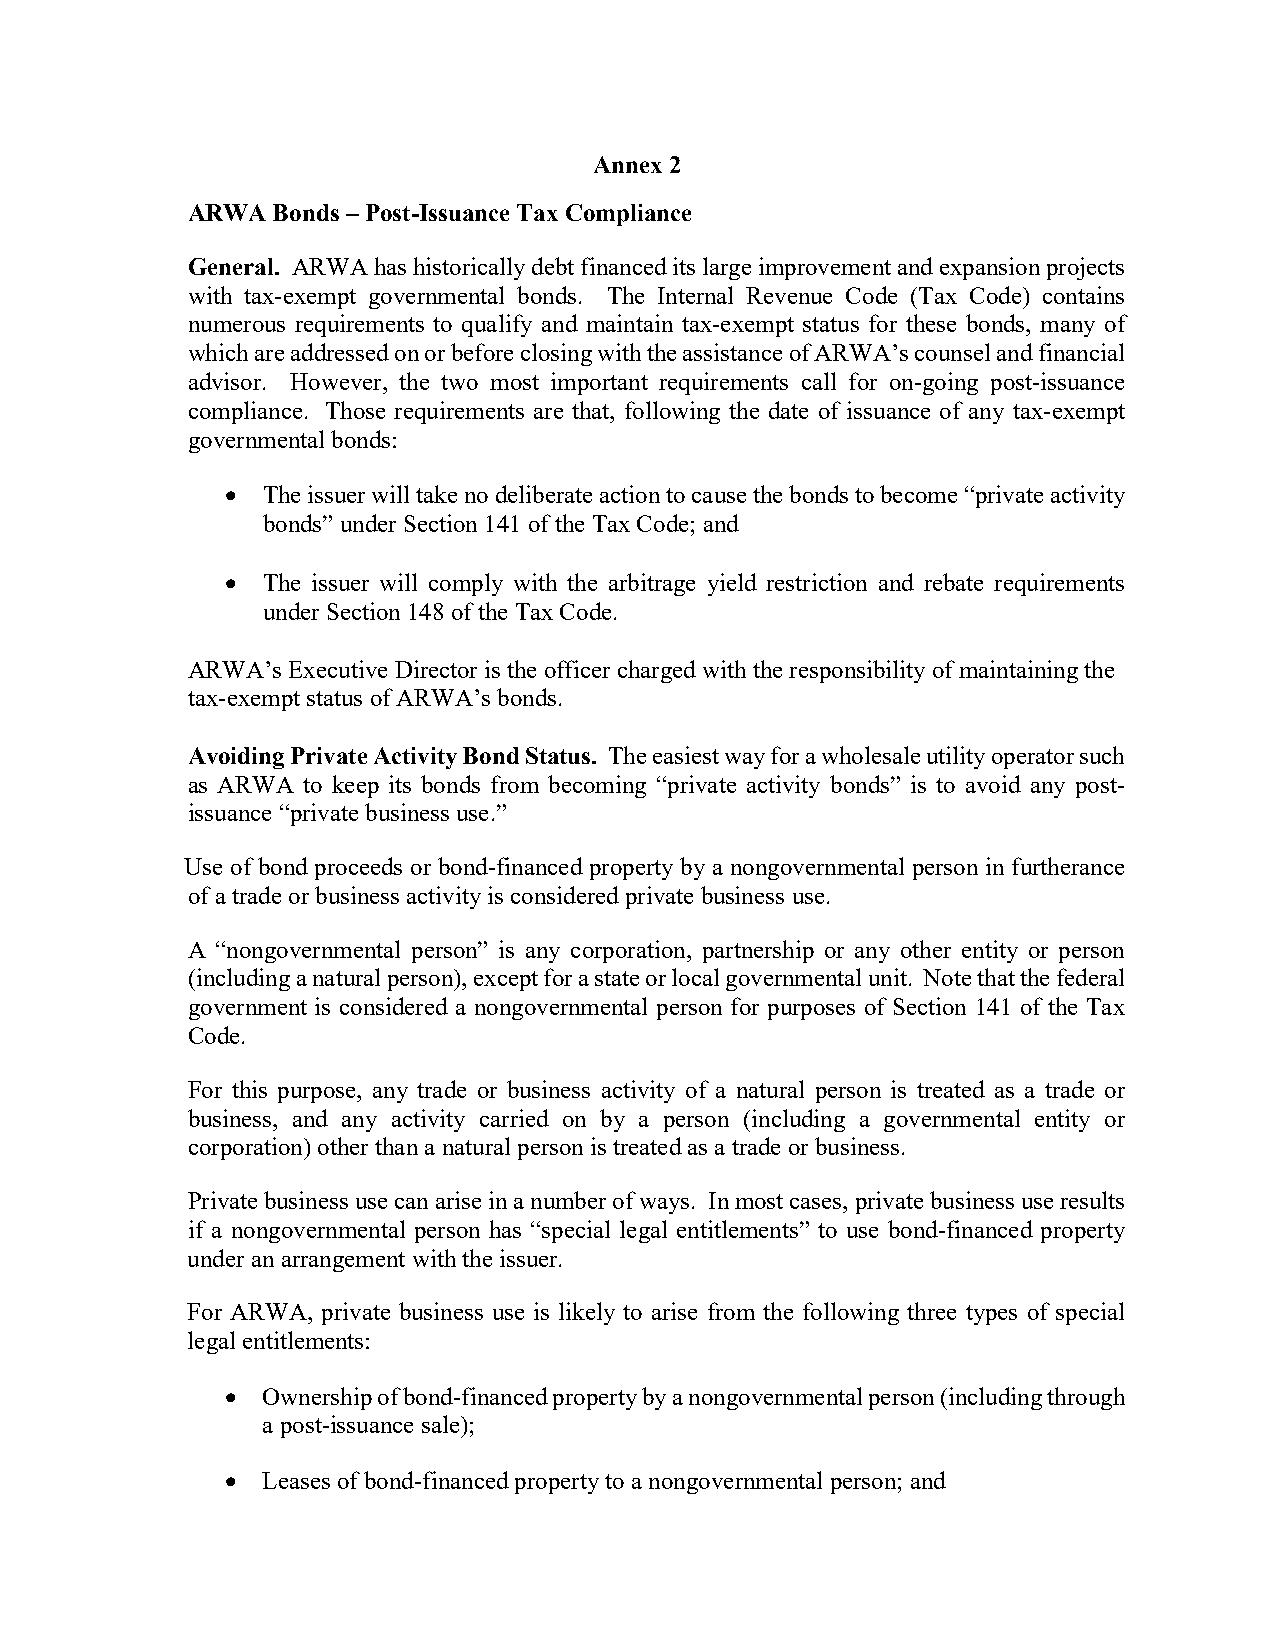
Annex 2
 ARWA  Bonds – Post-Issuance Tax Compliance
 General. ARWA has historically debt financed its large improvement and expansion projects
 with tax-exempt governmental bonds. The Internal Revenue Code (Tax Code) contains
 numerous requirements to qualify and maintain tax-exempt status for these bonds, many of
 which are addressed on or before closing with the assistance of ARWA’s counsel and financial
 advisor. However, the two most important requirements call for on-going post-issuance
 compliance. Those requirements are that, following the date of issuance of any tax-exempt
 governmental bonds:
 • The issuer will take no deliberate action to cause the bonds to become “private activity
 bonds” under Section 141 of the Tax Code; and
 • The issuer will comply with the arbitrage yield restriction and rebate requirements
 under Section 148 of the Tax Code.
 ARWA’s Executive Director is the officer charged with the responsibility of maintaining the
 tax-exempt status of ARWA’s bonds.
 Avoiding Private Activity Bond Status. The easiest way for a wholesale utility operator such
 as ARWA to keep its bonds from becoming “private activity bonds” is to avoid any post-
 issuance “private business use.”
 Use of bond proceeds or bond-financed property by a nongovernmental person in furtherance
 of a trade or business activity is considered private business use.
 A “nongovernmental person” is any corporation, partnership or any other entity or person
 (including a natural person), except for a state or local governmental unit. Note that the federal
 government is considered a nongovernmental person for purposes of Section 141 of the Tax
 Code.
 For this purpose, any trade or business activity of a natural person is treated as a trade or
 business, and any activity carried on by a person (including a governmental entity or
 corporation) other than a natural person is treated as a trade or business.
 Private business use can arise in a number of ways. In most cases, private business use results
 if a nongovernmental person has “special legal entitlements” to use bond-financed property
 under an arrangement with the issuer.
 For ARWA, private business use is likely to arise from the following three types of special
 legal entitlements:
 • Ownership of bond-financed property by a nongovernmental person (including through
 a post-issuance sale);
 • Leases of bond-financed property to a nongovernmental person; and